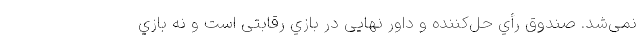
نمی‌شد. صندوق رأي حل‌كننده و داور نهایی در بازي رقابتی است و نه بازي